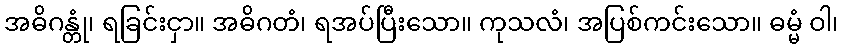
အဓိဂန္တုံ၊ ရခြင်းငှာ။ အဓိဂတံ၊ ရအပ်ပြီးသော။ ကုသလံ၊ အပြစ်ကင်းသော။ ဓမ္မံ ဝါ၊